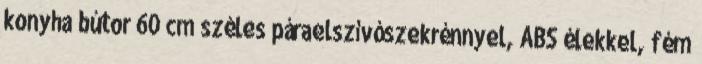
konyha bútor 60 cm széles páraelszívószekrénnyel, ABS élekkel, fém